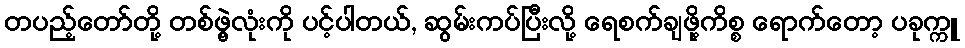
တပည့်တော်တို့ တစ်ဖွဲ့လုံးကို ပင့်ပါတယ်, ဆွမ်းကပ်ပြီးလို့ ရေစက်ချဖို့ကိစ္စ ရောက်တော့ ပခုက္ကူ